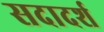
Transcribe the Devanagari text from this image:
सदादर्श